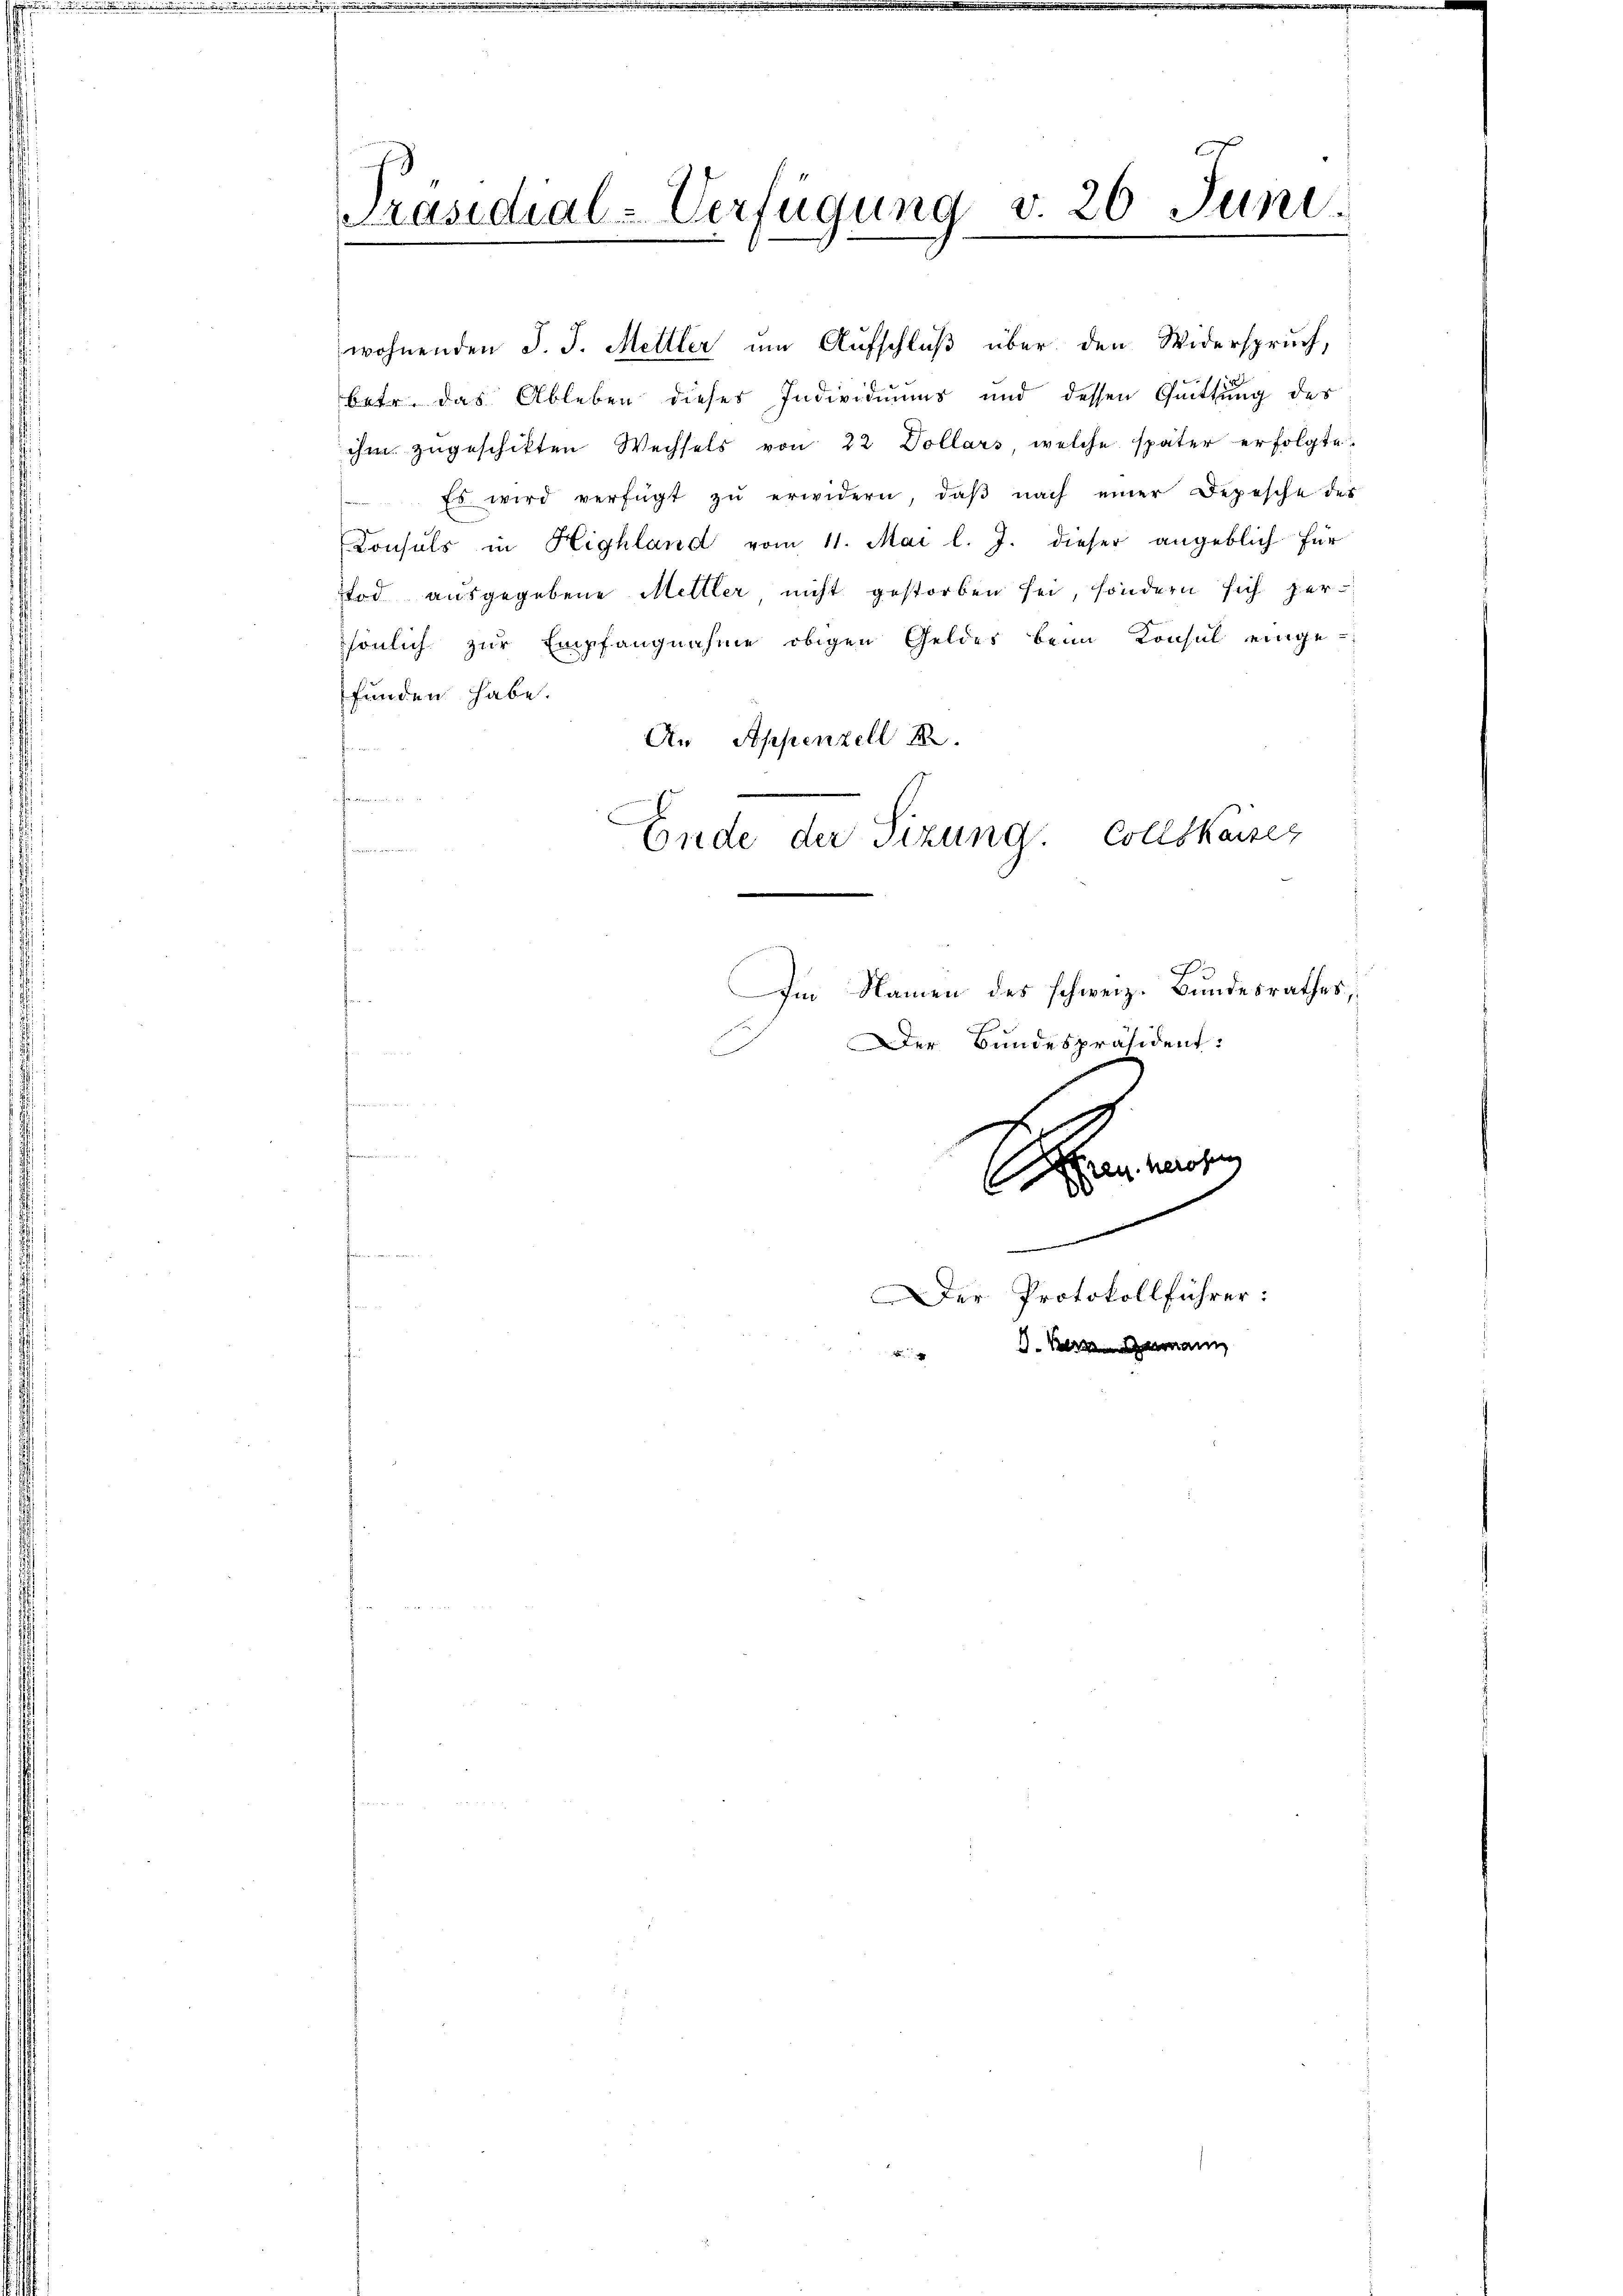
Präsidial-Verfügung v. 26 Juni

wohnenden J. J. Mettler um Aufschluß über den Widerspruch,
betr. das Ableben dieses Individuums und dessen Quittung des
ihm zŭgeschikten Wechsels von 22 Dollars welche später erfolgte.
Es wird verfügt zŭ erwidern, daβ nach einer Depesche des
Consuls in Highland vom 11. Mai l. J. dieser angeblich für
Tod ausgegebene Mettler nicht gestorben sei, sondern sich zersönlich zur Empfangnahme obigen Geldes beim Konsul einge-
funden habe.
An Appenzell A.
heren

F
Im Namen des schweiz. Bundesrathes,
Der Bundespräsident:
ren wesen
e
Der Protokollführer:
u. Bran

Ende der Sizung. Collskaiser